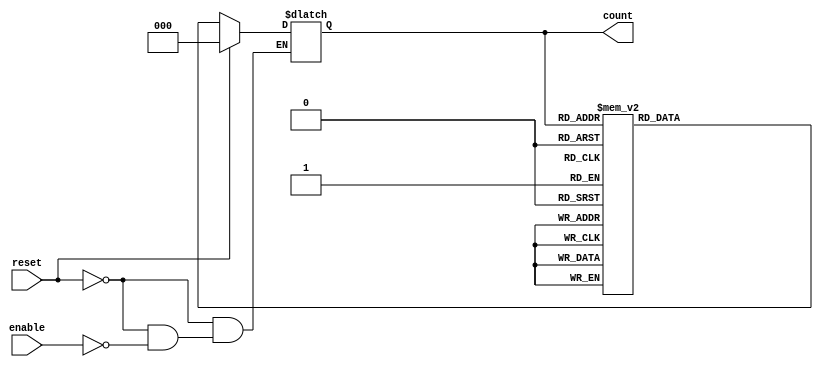
module mod_n_async_counter (
    input wire reset,         // Asynchronous reset
    input wire enable,       // Enable signal for counting
    output reg [2:0] count   // 3-bit output for Mod-8 counter
);

// Asynchronous reset and counting logic
always @(*) begin
    if (reset) begin
        count = 3'b000; // Reset the counter to 0
    end else if (enable) begin
        case (count)
            3'b000: count = 3'b001;
            3'b001: count = 3'b010;
            3'b010: count = 3'b011;
            3'b011: count = 3'b100;
            3'b100: count = 3'b101;
            3'b101: count = 3'b110;
            3'b110: count = 3'b111;
            3'b111: count = 3'b000; // Wrap around to 0
            default: count = 3'b000; // Safety default
        endcase
    end
end

endmodule